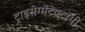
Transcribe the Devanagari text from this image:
ट्राइसेग्मेंटेक्टॉमी